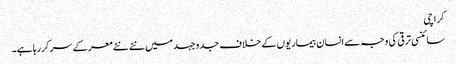
کراچی
سائنسی ترقی کی وجہ سےانسان بیماریوں کے خلاف جدوجہد میں نئے نئے معرکے سر کررہا ہے۔